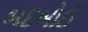
બદબોઈ